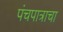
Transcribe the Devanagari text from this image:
पंचपात्राचा